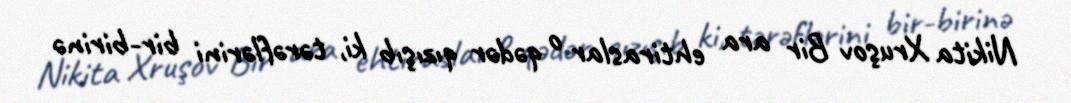
Nikita Xruşov Bir ara ehtiraslar o qədər qızışıb ki, tərəflərini bir-birinə